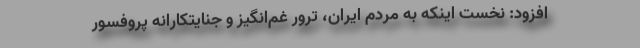
افزود: نخست اینکه به مردم ایران، ترور غم‌انگیز و جنایتکارانه پروفسور